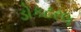
ડોકટરલ